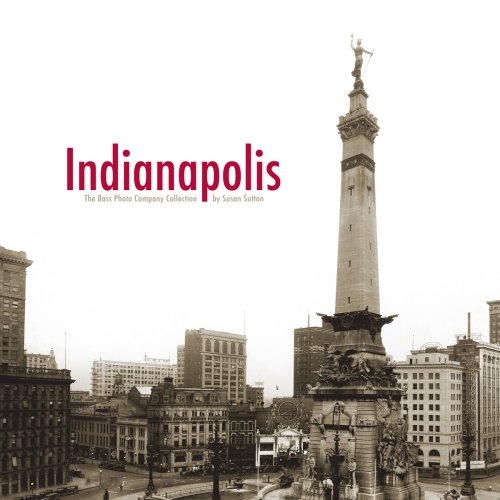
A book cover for Indianapolis: The Bass Photo Company Collection; Susan Sutton; Travel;